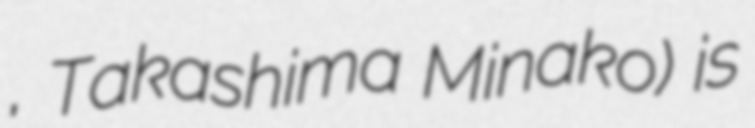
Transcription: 美奈子, Takashima Minako) is